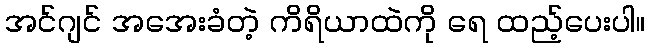
အင်ဂျင် အအေးခံတဲ့ ကိရိယာထဲကို ရေ ထည့်ပေးပါ။